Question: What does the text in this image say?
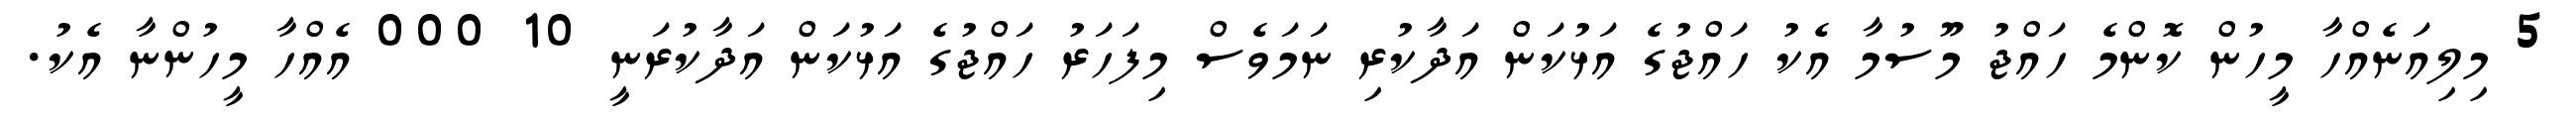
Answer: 5 މިލިއަނެއްހާ މީހުން ކޮންމެ ހައްޖު މޫސުމާ އެކު ހައްޖުގެ އަޅުކަން އަދާކުރި ނަމަވެސް މިފަހަރު ހައްޖުގެ އަޅުކަން އަދާކުރަނީ 10 000 އެއްހާ މީހުންނާ އެކު.